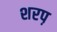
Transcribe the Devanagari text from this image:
शरप़